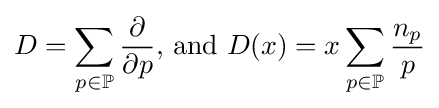
D=\sum \limits _{p\in \mathbb {P} }{\frac {\partial }{\partial p}}{\text{, and }}D(x)=x\sum \limits _{p\in \mathbb {P} }{\frac {n_{p}}{p}}